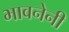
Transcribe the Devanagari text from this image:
भावनेनी